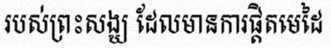
របស់ព្រះសង្ឃ ដែលមានការផ្តិតមេដៃ